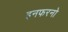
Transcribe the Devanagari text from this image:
इनफरनो